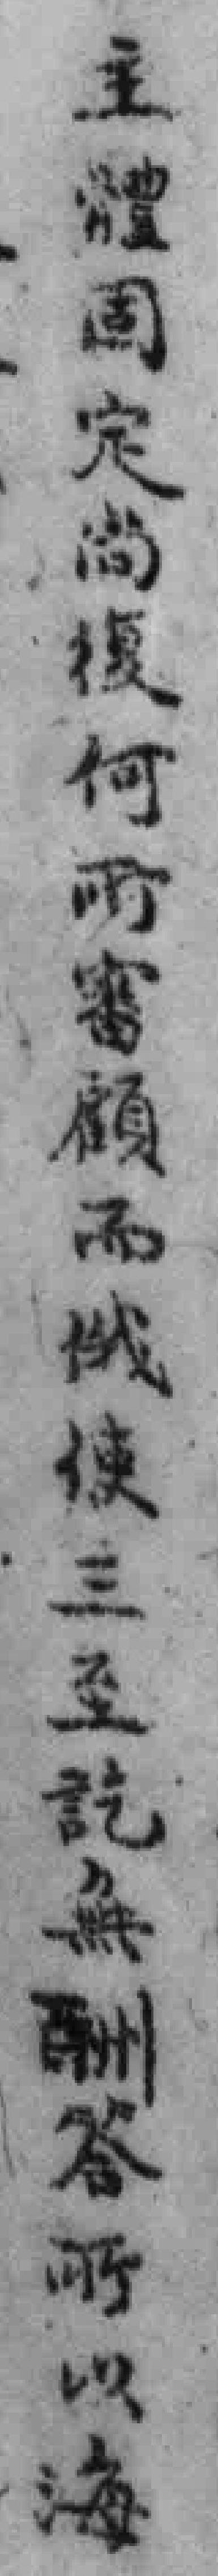
主體固定尚復何所審顧而俄使三至訖無酬答所以海